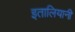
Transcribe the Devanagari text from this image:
इतालियानी